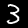
Label: 3